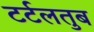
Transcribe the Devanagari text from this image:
टर्टलतुब